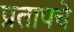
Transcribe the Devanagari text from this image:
प्रतापचे